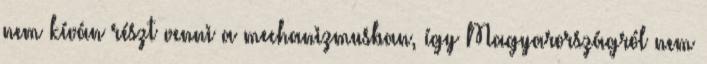
nem kíván részt venni a mechanizmusban, így Magyarországról nem